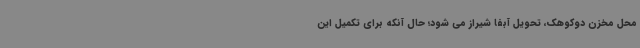
محل مخزن دوکوهک، تحویل آبفا شیراز می شود؛ حال آنکه برای تکمیل این